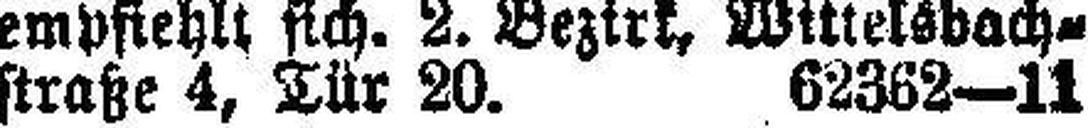
straße 4, Tür 20. 62362—11